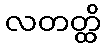
လတတ္ထိ